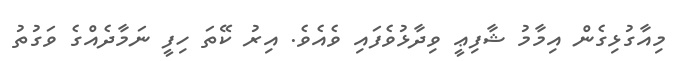
މިއާގުޅިގެން އިމާމު ޝާފިޢީ ވިދާޅުވެފައި ވެއެވެ. އިރު ކޭތަ ހިފީ ނަމާދެއްގެ ވަގުތު